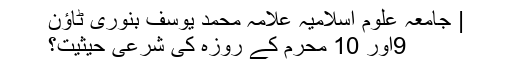
| جامعہ علوم اسلامیہ علامہ محمد یوسف بنوری ٹاؤن
9اور 10 محرم کے روزہ کی شرعی حیثیت؟